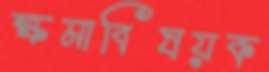
ক্ষমাবিষয়ক